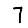
Digit: 7